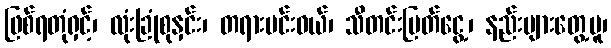
ဖြစ်ရတုံရှင့်၊ လုံးခြုံစုနှင်း၊ တရားမင်းဝယ်၊ သီတင်းမြတ်ငွေ့၊ နည်းများတွေ့မူ၊